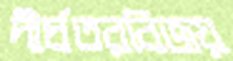
দীর্ঘতরবিজয়